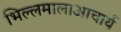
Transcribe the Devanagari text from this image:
भिल्लमालाआचार्य